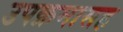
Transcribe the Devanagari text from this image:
उपक्रमासह